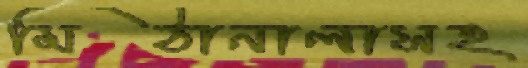
মিঠানালাসহ